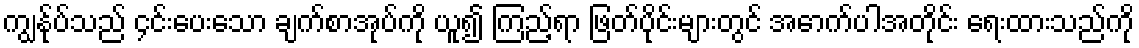
ကျွန်ုပ်သည် ၄င်းပေးသော ချက်စာအုပ်ကို ယူ၍ ကြည့်ရာ ဖြတ်ပိုင်းများတွင် အောက်ပါအတိုင်း ရေးထားသည်ကို